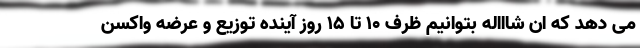
می دهد که ان شاااله بتوانیم ظرف ۱۰ تا ۱۵ روز آینده توزیع و عرضه واکسن